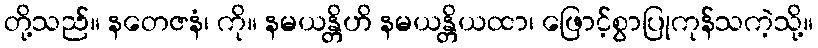
တို့သည်။ နတေဇနံ၊ ကို။ နမယန္တိဟိ နမယန္တိယထာ၊ ဖြောင့်စွာပြုကုန်သကဲ့သို့။